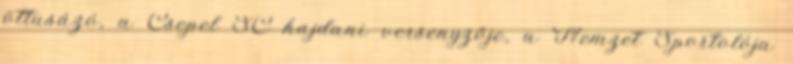
öttusázó, a Csepel SC hajdani versenyzője, a Nemzet Sportolója